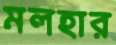
মলহার